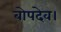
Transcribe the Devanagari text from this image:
बोपदेव।